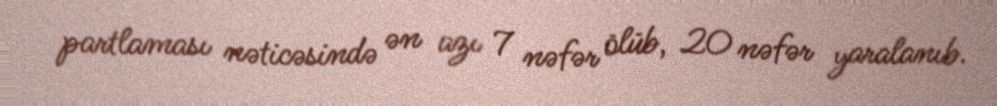
partlaması nəticəsində ən azı 7 nəfər ölüb, 20 nəfər yaralanıb.